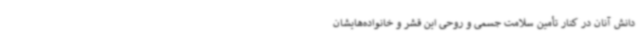
دانش آنان در کنار تأمین سلامت جسمی و روحی این قشر و خانواده‌هایشان